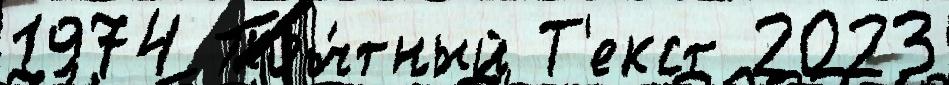
1974 Поч́тный Т'екст 2023